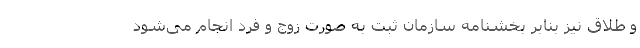
و طلاق نیز بنابر بخشنامه سازمان ثبت به صورت زوج و فرد انجام می‌شود